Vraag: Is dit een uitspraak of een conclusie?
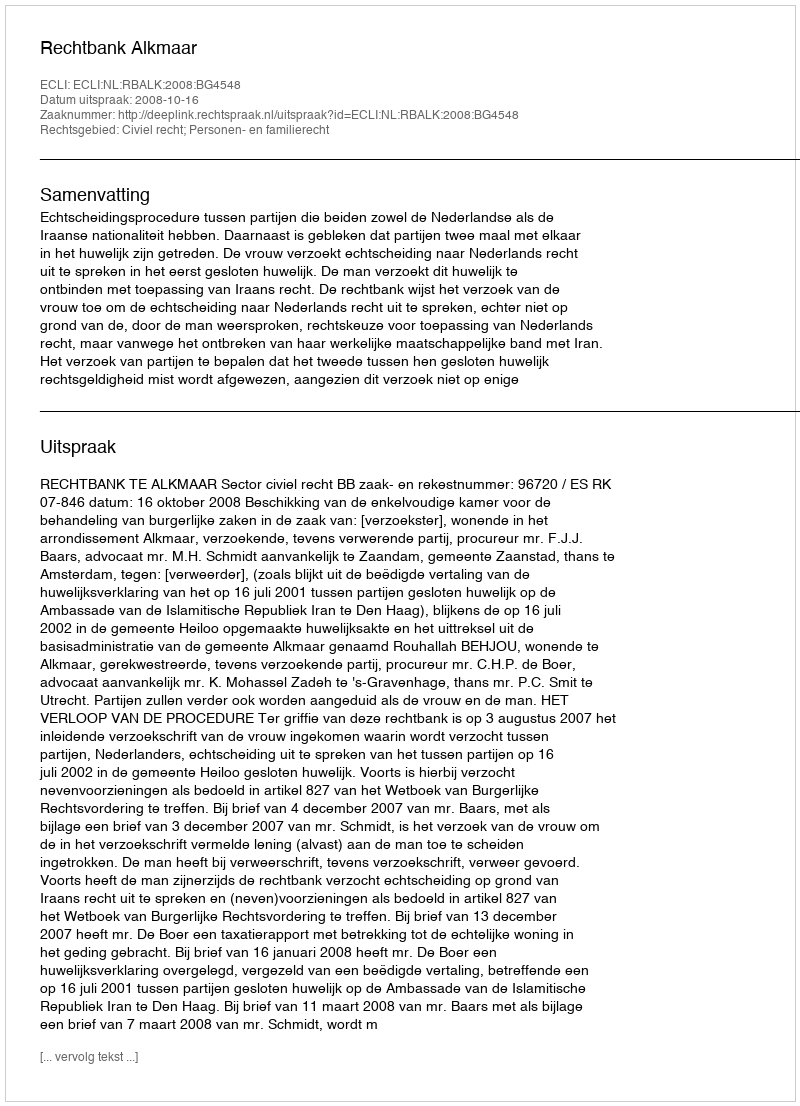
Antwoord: Uitspraak